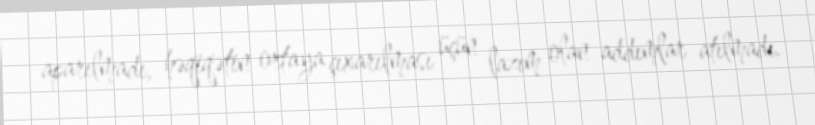
aparılmadı, həqiqətin ortaya çıxarılması üçün lazım olan addımlar atılmadı.